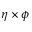
\eta \times \phi